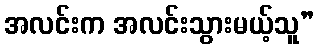
အလင်းက အလင်းသွားမယ့်သူ”